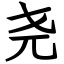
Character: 尧